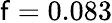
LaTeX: \mathnormal{\mathsf{f}}=0.083